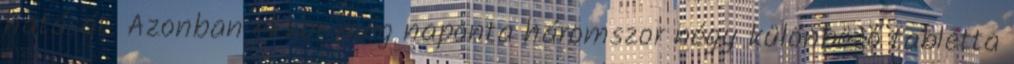
hatását. Azonban ekkor még naponta háromszor négy különböző tabletta